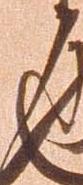
候